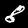
Digit: 8